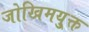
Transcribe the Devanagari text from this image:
जोखिमयु्क्त